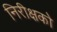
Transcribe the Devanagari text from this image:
निरीक्षको